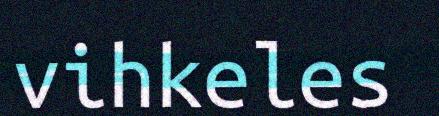
vihkeles